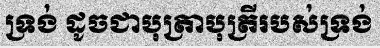
ទ្រង់ ដូចជាបុត្រាបុត្រីរបស់ទ្រង់